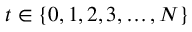
t \in \{ 0 , 1 , 2 , 3 , \ldots , N \}